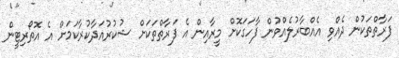
ފަރާތްތަކުން ދެއްވި އެއްބާރުލެއްވުން ފާހަގަކޮށް މީރާއިން އެ ފަރާތްތަކަށް ޝުކުރުއަދާކުރާކަމަށް އެ އޮތޯރިޓީން